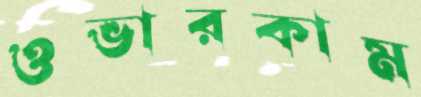
ওভারকাম